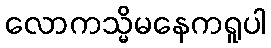
လောကသ္မိမနေကရူပါ